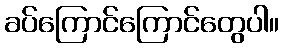
ခပ်ကြောင်ကြောင်တွေပါ။